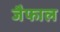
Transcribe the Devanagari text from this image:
जैफाल